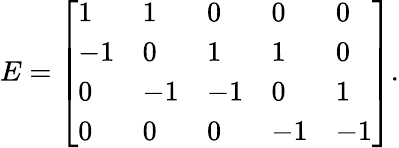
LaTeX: E={\left[\begin{array}{lllll}{1}&{1}&{0}&{0}&{0}\\ {-1}&{0}&{1}&{1}&{0}\\ {0}&{-1}&{-1}&{0}&{1}\\ {0}&{0}&{0}&{-1}&{-1}\end{array}\right]}.